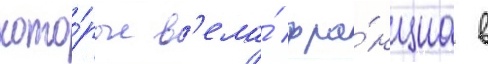
кото́рые в'ела́ фра́нциа в